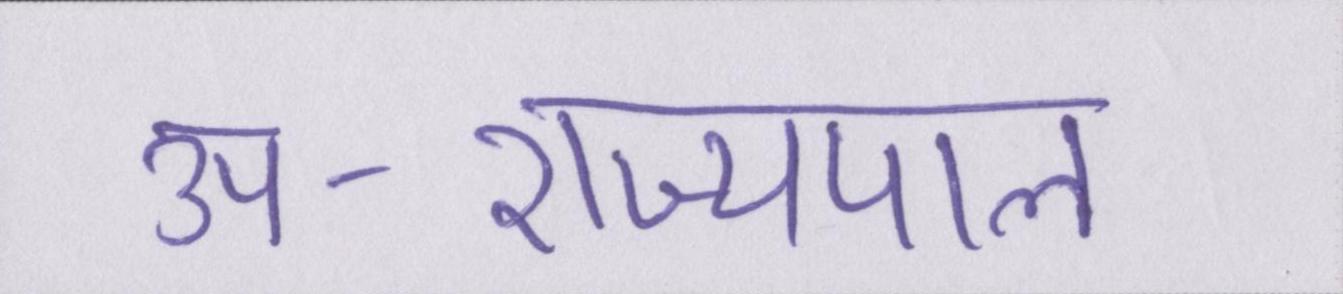
उप-राज्यपाल